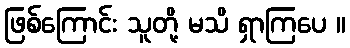
ဖြစ်ကြောင်း သူတို့ မသိ ရှာကြပေ ။